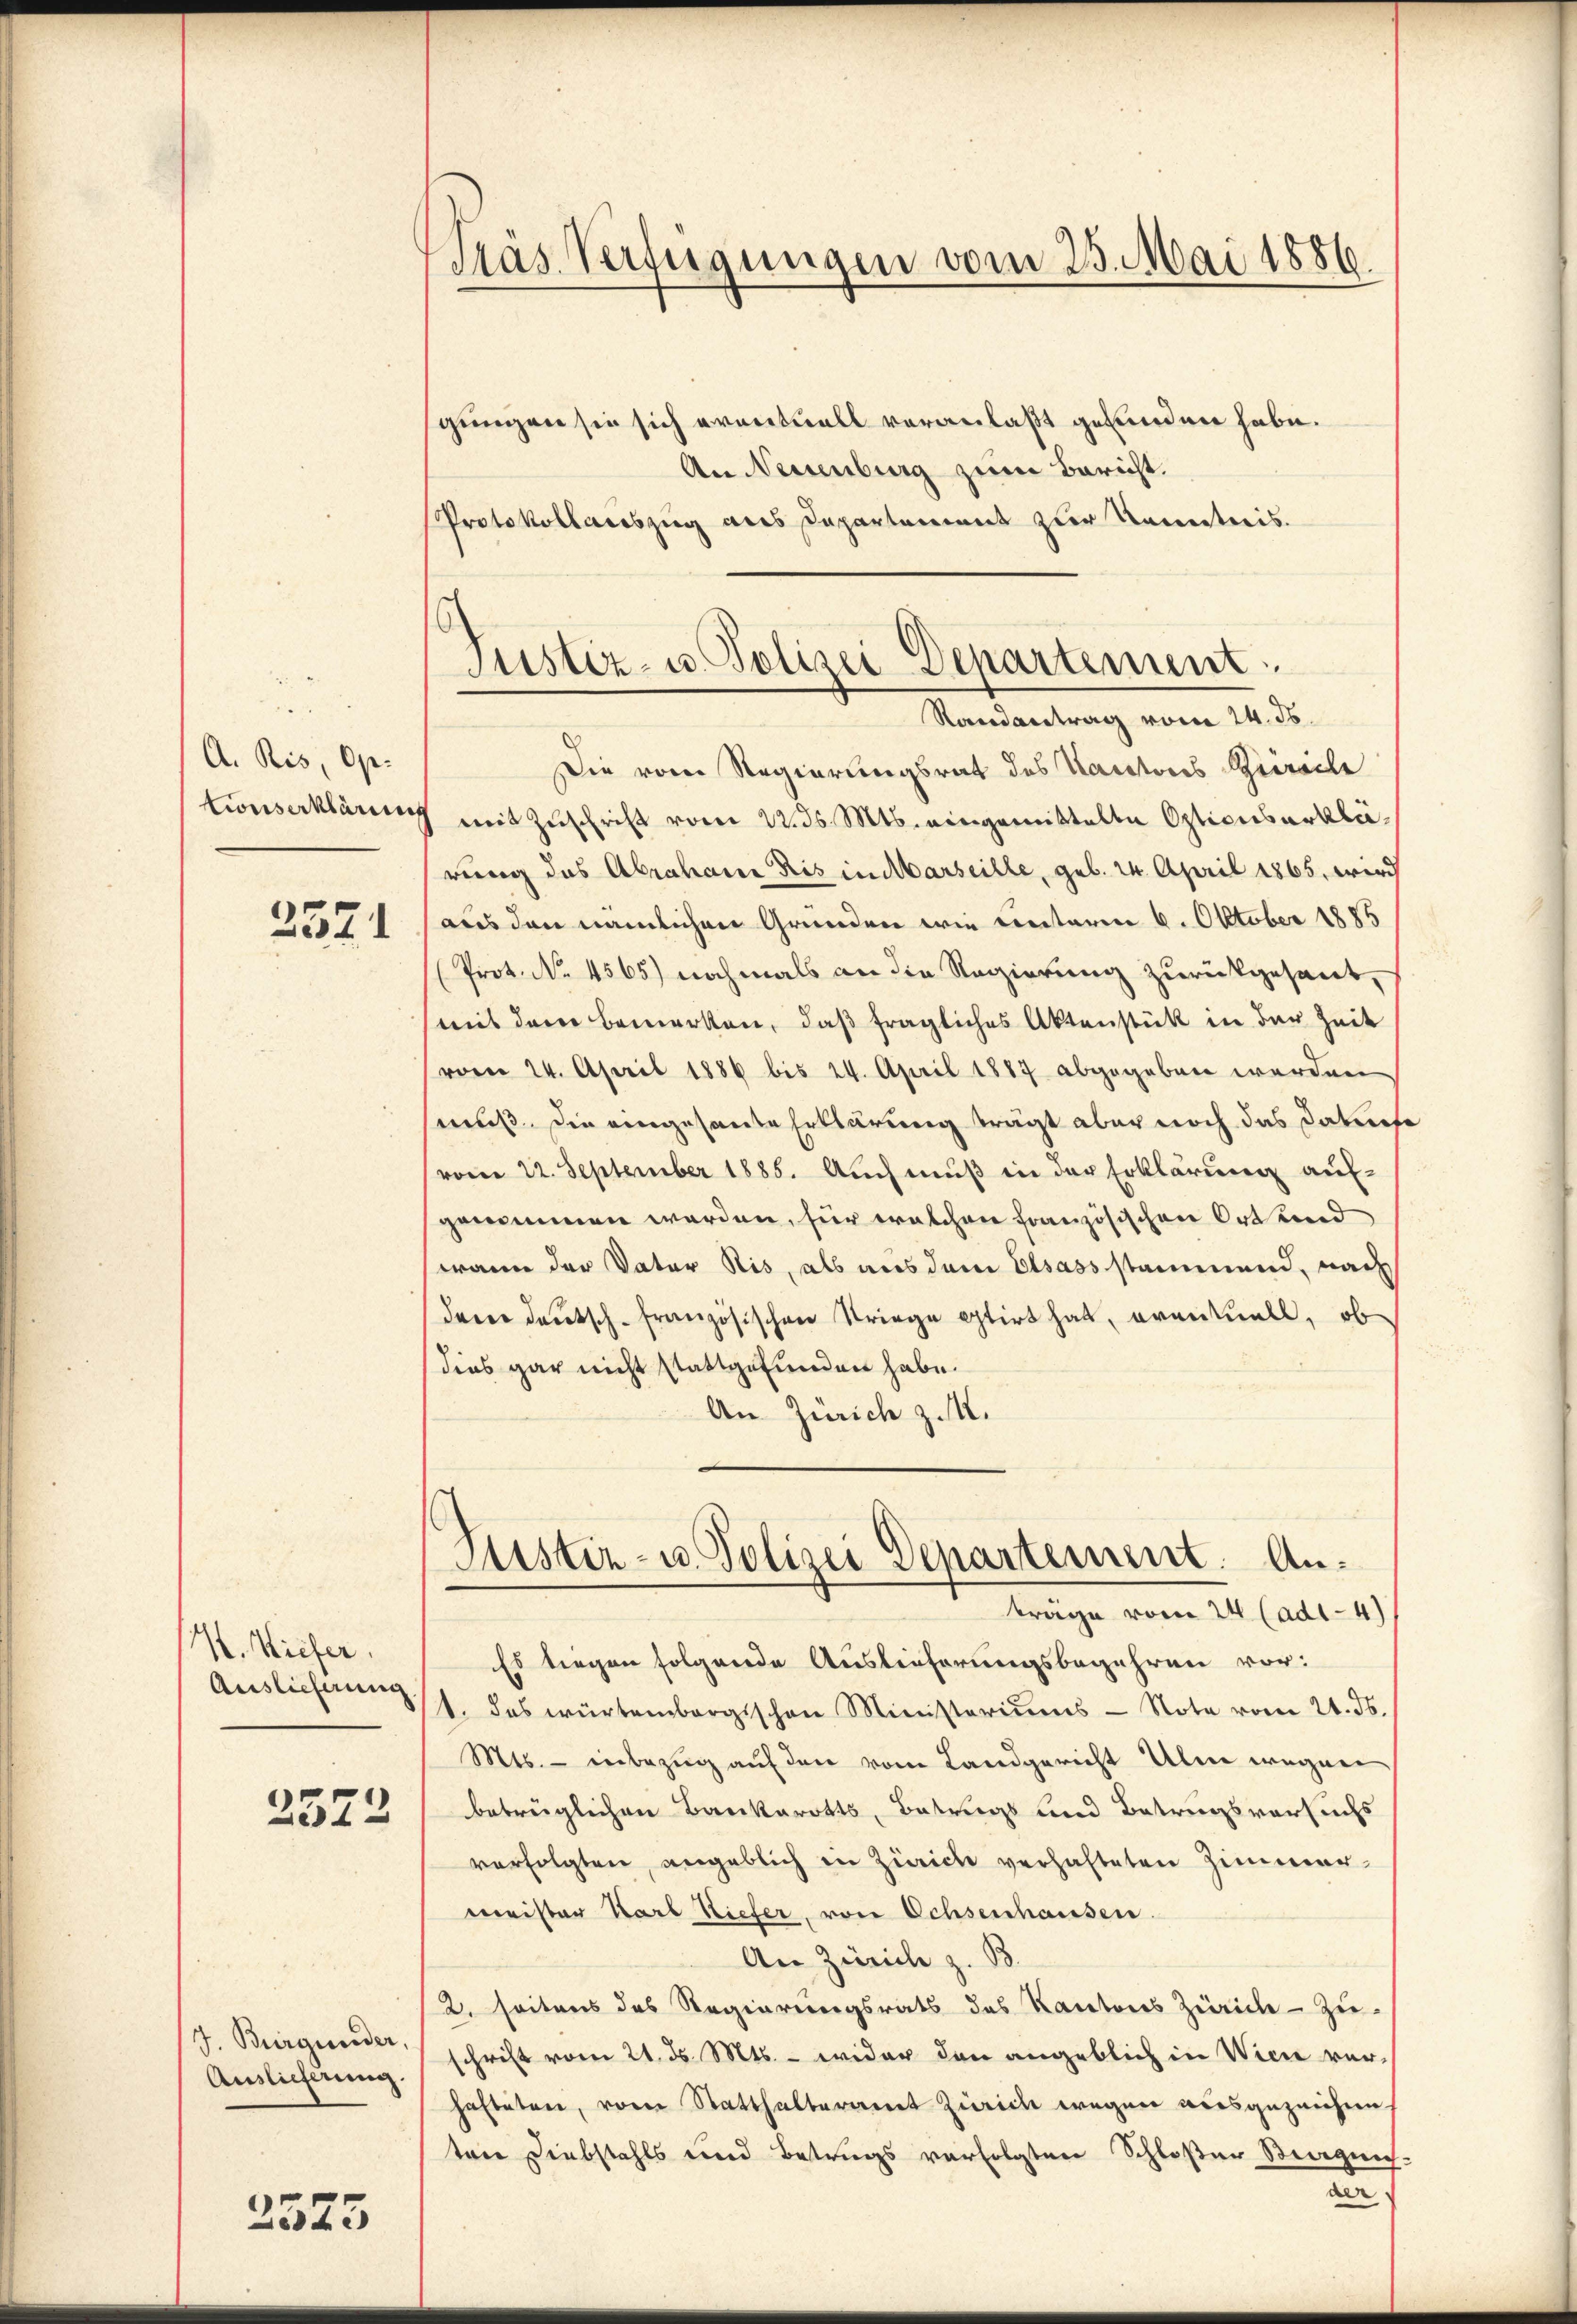
A. Ris, Op
tionserklärung

3571

V. Wiefer
Auslieferung
2572

J. Burgunder,
Auslieferung.

2573

Pras Verfügungen vom 25. Mai 1886.

gungen sie sich eventuell veranlaßt geworden habe.
An Neuenburg zum Bericht.
Protokollauszug aus Departement zur Kontreis.

Justiz- u. Polizei Departement
Randantrag vom 24. ds.

Die vom Regierungsrat des Kantones Sieweile
mit Zuschrift vom 22. ds. Mts. eingemittelte Opticus erklärung des Abrahann Ris in Marseille, geb. 24. April 1865, wird
aus den nämlichen Gründen wie unteren 6. Oktober 1885
Prot. No. 4565) nochmals an die Regierung zurückgesant,
mit dem bemerken, daß fragliches Aktenstück in der Zeit
vom 24. April 1886 bis 24. April 1887 abgegeben werden
muß. Die eingesante Erklärung trägt aber noch das Datier
vom 22. September 1885. Aŭch mŭβ in der Erklärung auf-
genommen werden, für welchen französischen Ort und
wann der Vater Ris, als aus dem Elsass stammend, nach
dree deutsch-Französischen Striege estirt hat, eventuell, ob
dies gar nicht stattgefunden habe.
An Zürich z. M.
Justiz- u. Polizei Departement. Anträge vom 24 (adt- 4)
Es liegen folgende Auslieferungsbegehren vor:
1. das würtembergischen Ministeriums - Note vom 21. ds.
Mts. - inbezug auf den vom Landgericht Ulme wegen
betrüglichen Baukarotts, Betrugs und Betrugsversuchs
verfolgten, angeblich in Zürich verhalteten Zimmermeister Karl Kiefer, von Ochsenhausen.
An Zürich z. B.
2. seitens des Regierungsrats des Kantons Zürich - Zu-
schrift vom 21. ds. Mts. - wider den angeblich in Wien ver-
hafteten, vom Statthalteramt Zürich wegen ausgezeichne
trer Diebstahls und Betrags verfolgten Schloßer Steigen-
a